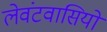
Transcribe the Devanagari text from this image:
लेवंटवासियों